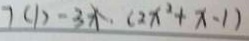
7 ( 1 ) - 3 x . ( 2 x ^ { 2 } + x - 1 )